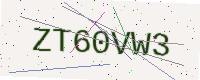
Text: ZT60VW3